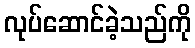
လုပ်ဆောင်ခဲ့သည်ကို